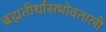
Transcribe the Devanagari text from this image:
ब्रह्मतीर्थासभोवताली